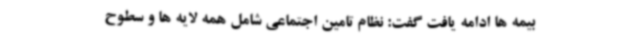
بیمه ها ادامه یافت گفت: نظام تامین اجتماعی شامل همه لایه ها و سطوح